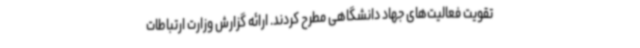
تقویت فعالیت‌های جهاد دانشگاهی مطرح کردند. ارائه گزارش وزارت ارتباطات